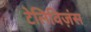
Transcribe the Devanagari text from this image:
टेलिविज़ंस